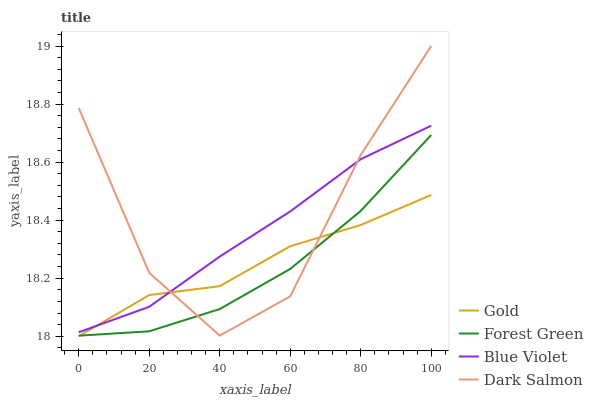
| xaxis_label | Gold | Forest Green | Blue Violet | Dark Salmon |
 | --- | --- | --- | --- | --- |
 | 0 | 18 | 18 | 18 | 18.8 |
 | 20 | 18.1 | 18 | 18.1 | 18.2 |
 | 40 | 18.2 | 18.1 | 18.3 | 18 |
 | 60 | 18.3 | 18.2 | 18.4 | 18.1 |
 | 80 | 18.4 | 18.4 | 18.6 | 18.6 |
 | 100 | 18.5 | 18.7 | 18.7 | 19 |